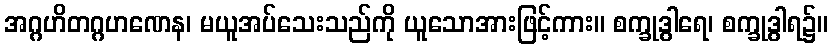
အဂ္ဂဟိတဂ္ဂဟဏေန၊ မယူအပ်သေးသည်ကို ယူသောအားဖြင့်ကား။ စက္ခုဒွါရေ၊ စက္ခုဒွါရ၌။